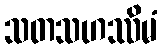
သတသဟဿိမံ